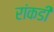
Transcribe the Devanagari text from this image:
रांकडी